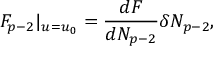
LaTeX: F _ { p - 2 } | _ { u = u _ { 0 } } = \frac { d F } { d N _ { p - 2 } } \delta N _ { p - 2 } ,